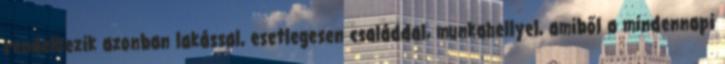
rendelkezik azonban lakással, esetlegesen családdal, munkahellyel, amiből a mindennapi